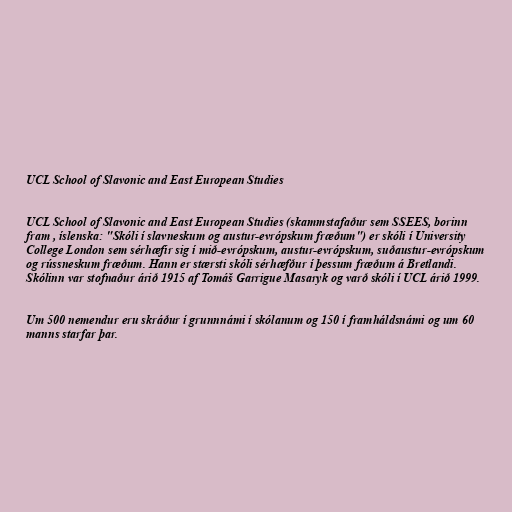
UCL School of Slavonic and East European Studies

UCL School of Slavonic and East European Studies (skammstafaður sem SSEES, borinn
fram , íslenska: "Skóli í slavneskum og austur-evrópskum fræðum") er skóli í University
College London sem sérhæfir sig í mið-evrópskum, austur-evrópskum, suðaustur-evrópskum
og rússneskum fræðum. Hann er stærsti skóli sérhæfður í þessum fræðum á Bretlandi.
Skólinn var stofnaður árið 1915 af Tomáš Garrigue Masaryk og varð skóli í UCL árið 1999.

Um 500 nemendur eru skráður í grunnnámi í skólanum og 150 í framháldsnámi og um 60
manns starfar þar.